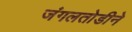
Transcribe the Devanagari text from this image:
जंगलतोडीने